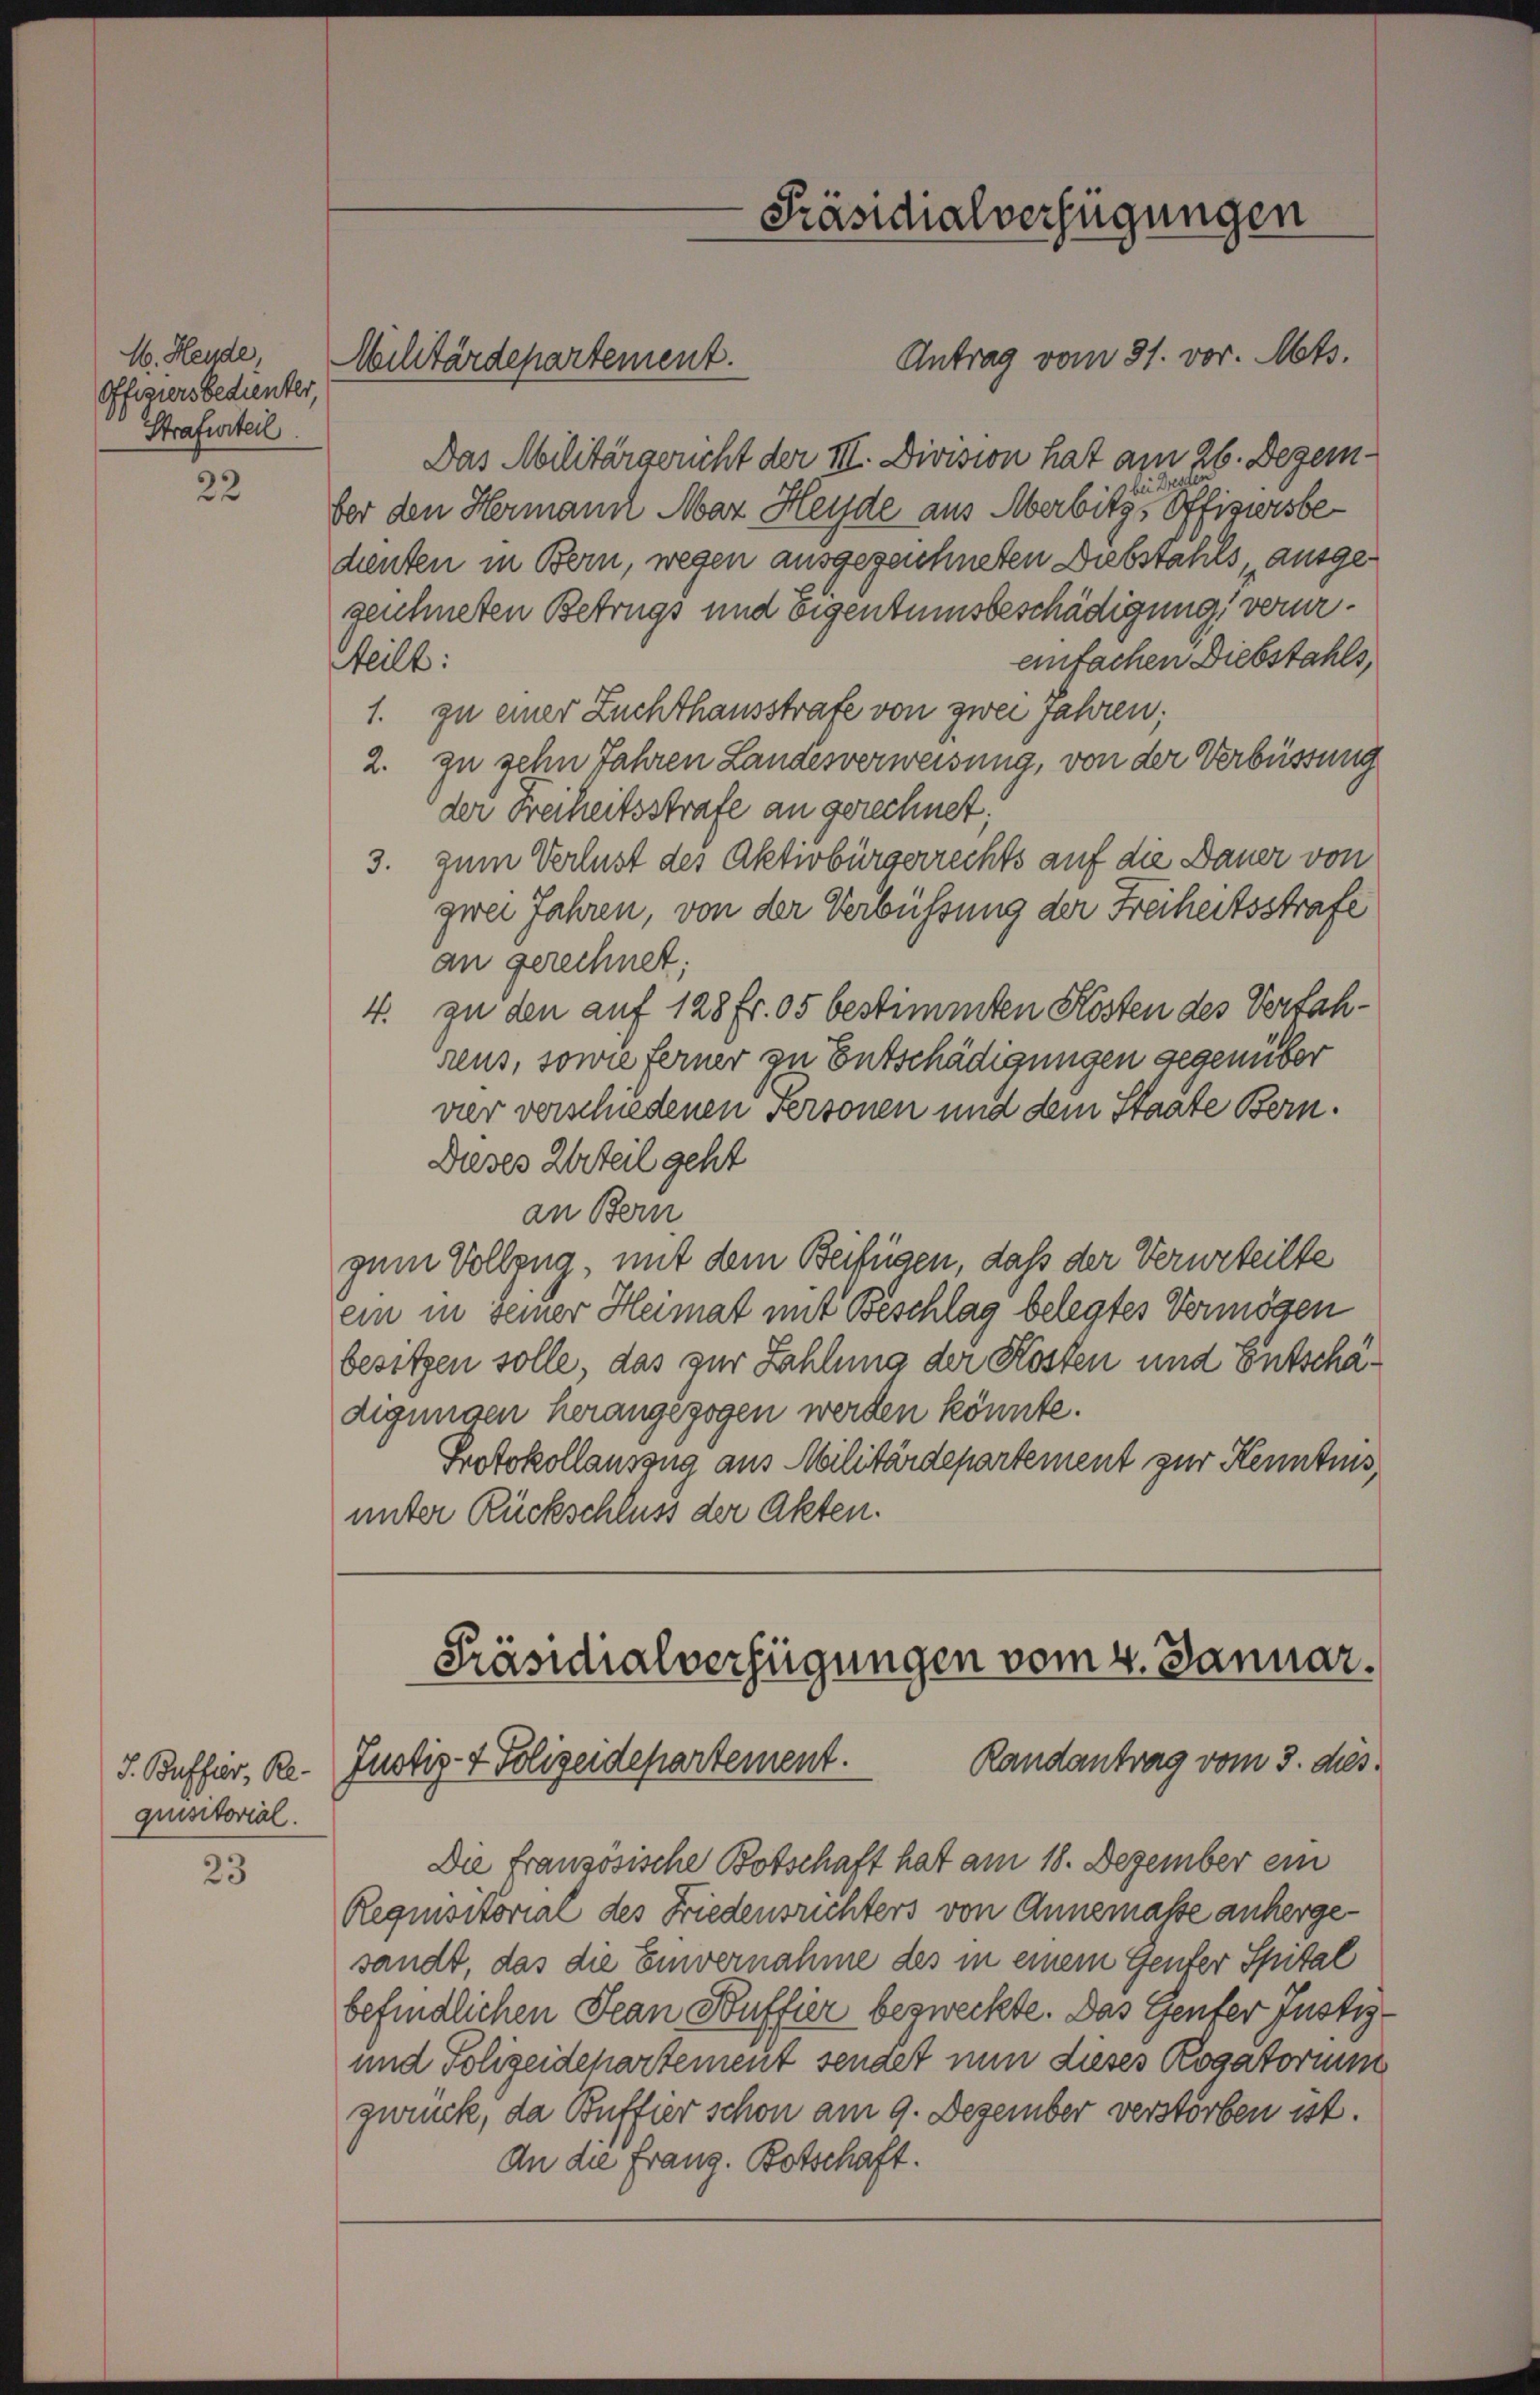
M. Heide,
Offiziers bedienter,
Strafurteil.

22

quisitorial.

23

Antrag vom 31. vor. Mts.
Das Militärgericht der III. Division hat am 26. Dezembei?
ber den Hermann Mar Heyde aus Aerbitte Offizursbehenten in Bern, wegen ausgezeichneten Diebstahls, ausgegeichneten Betrugs und Eigentumsbeschädigung verureinfachen Diebstahls,
teilt:
1. zu einer Zuchthausstrafe von zwei Jahren;
2. zu gehn Jahren Landesverweisung, von der Verbüssung
der Freiheitsstrafe an gerechnet;
3. zum Verlust des Aktivbürgerrechts auf die Dauer von
zwei Jahren, von der Verbüssung der Freiheitsstrafe
an gerechnet;
4. zu den auf 128 fr. 05 bestimmten Kosten des Verfahreus, sowie ferner zu Entschädigungen gegenüber
vier verschiedenen Personen und dem Staate Bern.
Dieses Urteil geht
an Bern
zum Vollzug, mit dem Beifügen, daß der Verurteilte
ein in seiner Heimat mit Beschlag belegtes Vermögen
besitzen solle, das zur Zahlung der Kosten und Entschädigungen herangezogen werden könnte.
Protokollauszug aus Militärdepartement zur Kenntnis,
unter Rückschluss der Akten.

Militärdepartement.

Die französische Botschaft hat am 18. Dezember ein
Requisitorial des Friedensrichters von Annemale anhergesandt, das die Einvernahme des in einem Genter Spital
befindlichen Jean Buffier bezweckte. Das Genter Justiz¬
und Polizeidepartement sendet nun dieses Rogatorium
zurück, da Buffier schon am 9. Dezember verstorben ist.
An die franz. Botschaft.

Präsidialverfügungen

Präsidialverfügungen vom 4. Januar.
Randantrag vom 3. dies
S. Buffer, Re.Justiz- & Polizeidepartement.